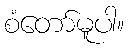
စံတော်မူပါ။